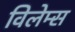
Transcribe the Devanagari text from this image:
विलेम्स